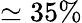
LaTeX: \simeq 35\%